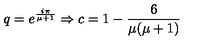
q = e ^ { \frac { i \pi } { \mu + 1 } } \Rightarrow c = 1 - \frac { 6 } { \mu ( \mu + 1 ) }